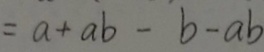
= a + a b - b - a b